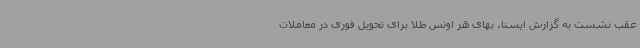
عقب نشست به گزارش ایسنا، بهای هر اونس طلا برای تحویل فوری در معاملات